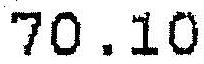
70.10